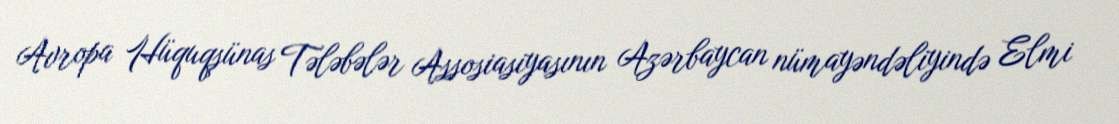
Avropa Hüquqşünas Tələbələr Assosiasiyasının Azərbaycan nümayəndəliyində Elmi